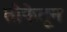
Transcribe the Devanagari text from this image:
तोफेतून